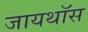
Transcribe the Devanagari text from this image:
जायथॉस